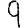
Digit: 9